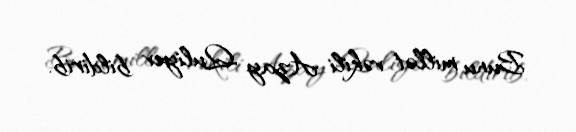
Bunu millət vəkili Azay Quliyev bildirib.